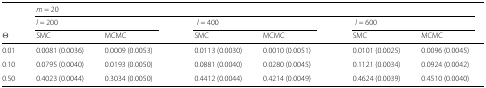
|  | <COLSPAN=8> m = 20 |
 |  | <COLSPAN=2> l =200 |  | <COLSPAN=2> l = 400 |  | <COLSPAN=2> l = 600 |
 | Θ | SMC | MCMC |  | SMC | MCMC |  | SMC | MCMC |
 | --- | --- | --- | --- | --- | --- | --- | --- | --- |
 | 0.01 | 0.0081 (0.0036) | 0.0009 (0.0053) |  | 0.0113 (0.0030) | 0.0010 (0.0051) |  | 0.0101 (0.0025) | 0.0096 (0.0045) |
 | 0.10 | 0.0795 (0.0040) | 0.0193 (0.0050) |  | 0.0881 (0.0040) | 0.0280 (0.0045) |  | 0.1121 (0.0034) | 0.0924 (0.0042) |
 | 0.50 | 0.4023 (0.0044) | 0.3034 (0.0050) |  | 0.4412 (0.0044) | 0.4214 (0.0049) |  | 0.4624 (0.0039) | 0.4510 (0.0040) |